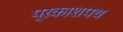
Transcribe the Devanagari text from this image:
प्रकाशपथ